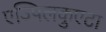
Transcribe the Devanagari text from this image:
एज्पिलकुएटा